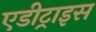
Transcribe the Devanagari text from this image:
एडीट्राइस